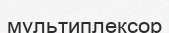
мультиплексор